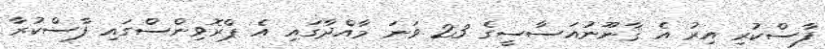
ފާސްކުރި އިރު އެ ޤާނޫނުއަސާސީގެ 23 ވަނަ މާއްދާގައި އެ ޕްރޮވިންސްގައި ފާސްކުރާ